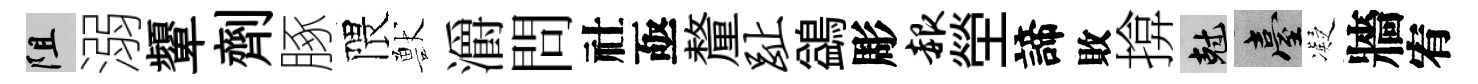
阻溺顰劑䐁隈獸灂問社亟釐趾鷁彫赧塋諦敗揜剋臺凝牆宥